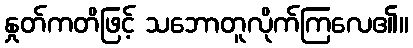
နှုတ်ကတိဖြင့် သဘောတူလိုက်ကြလေ၏။